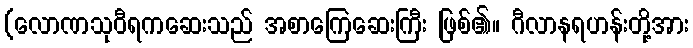
(လောဏသုဝီရကဆေးသည် အစာကြေဆေးကြီး ဖြစ်၏။ ဂီလာနရဟန်းတို့အား